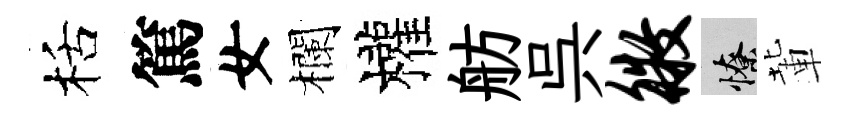
栝篤女欄權舫呉徵憭輩